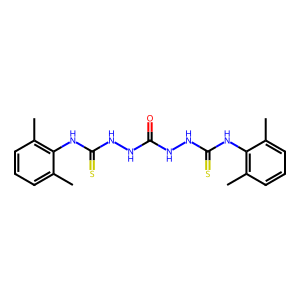
SMILES: Cc1cccc(C)c1NC(=S)NNC(=O)NNC(=S)Nc1c(C)cccc1C
Inhibits HIV replication: No